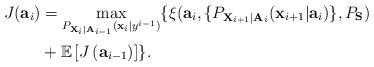
LaTeX: \begin{align*} J( {\bf a}_{i}) &= \max_{ P_{ {\bf X}_i| {\bf A}_{i-1}}( {\bf x}_i| y^{i-1} ) } \{ \xi( {\bf a}_{i}, \{ P_{ {\bf X}_{i+1} | {\bf A}_{i}}( {\bf x}_{i+1}| {\bf a}_{i} ) \}, P_{\bf S} ) \\& + \mathbb{E} \left[ J\left( {\bf a}_{i-1} \right) \right] \}. \end{align*}